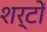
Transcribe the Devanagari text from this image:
शर्टों